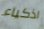
اذكياء